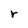
Character: r